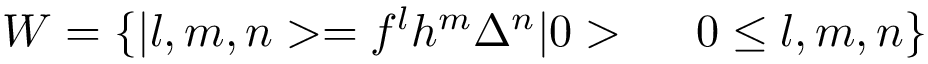
W = \{ \vert l , m , n > = f ^ { l } h ^ { m } \Delta ^ { n } \vert 0 > \ \ \ \ 0 \leq l , m , n \}